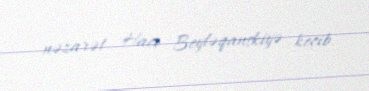
nəzarət Hacı Beyləqanskiyə keçib.